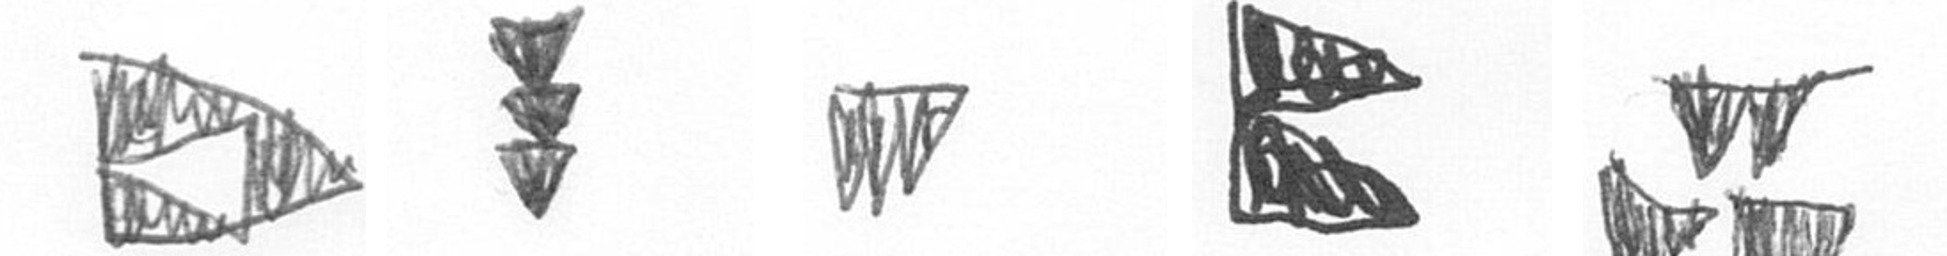
K E L P B